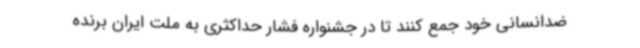
ضدانسانی خود جمع کنند تا در جشنواره فشار حداکثری به ملت ایران برنده